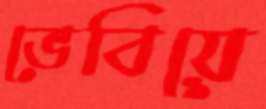
ভেবিয়ে